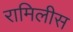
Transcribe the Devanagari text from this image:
रामिलीस